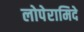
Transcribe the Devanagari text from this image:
लोपेरामिदे